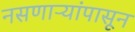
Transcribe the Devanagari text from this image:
नसणाऱ्यांपासून